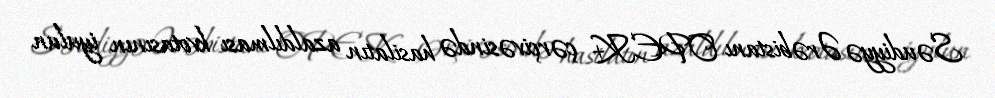
Səudiyyə Ərəbistanı OPEK+ çərçivəsində hasilatın azaldılması kvotasının iyulun